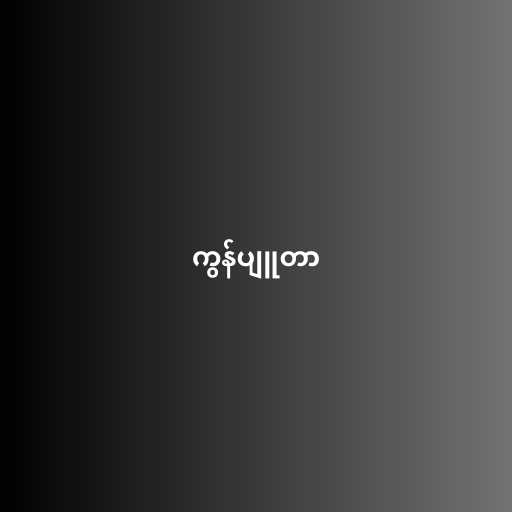
ကွန်ပျူတာ